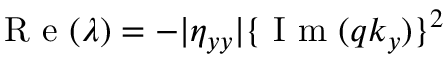
\mathrm { ~ R ~ e ~ } ( \lambda ) = - | \eta _ { y y } | \{ \mathrm { ~ I ~ m ~ } ( q k _ { y } ) \} ^ { 2 }